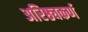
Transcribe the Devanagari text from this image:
अरिष्ठ्यकर्ण